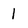
Character: 1